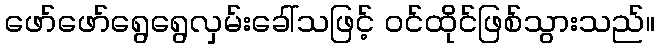
ဖော်ဖော်ရွေရွေလှမ်းခေါ်သဖြင့် ဝင်ထိုင်ဖြစ်သွားသည်။